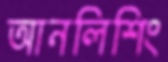
আনলিশিং